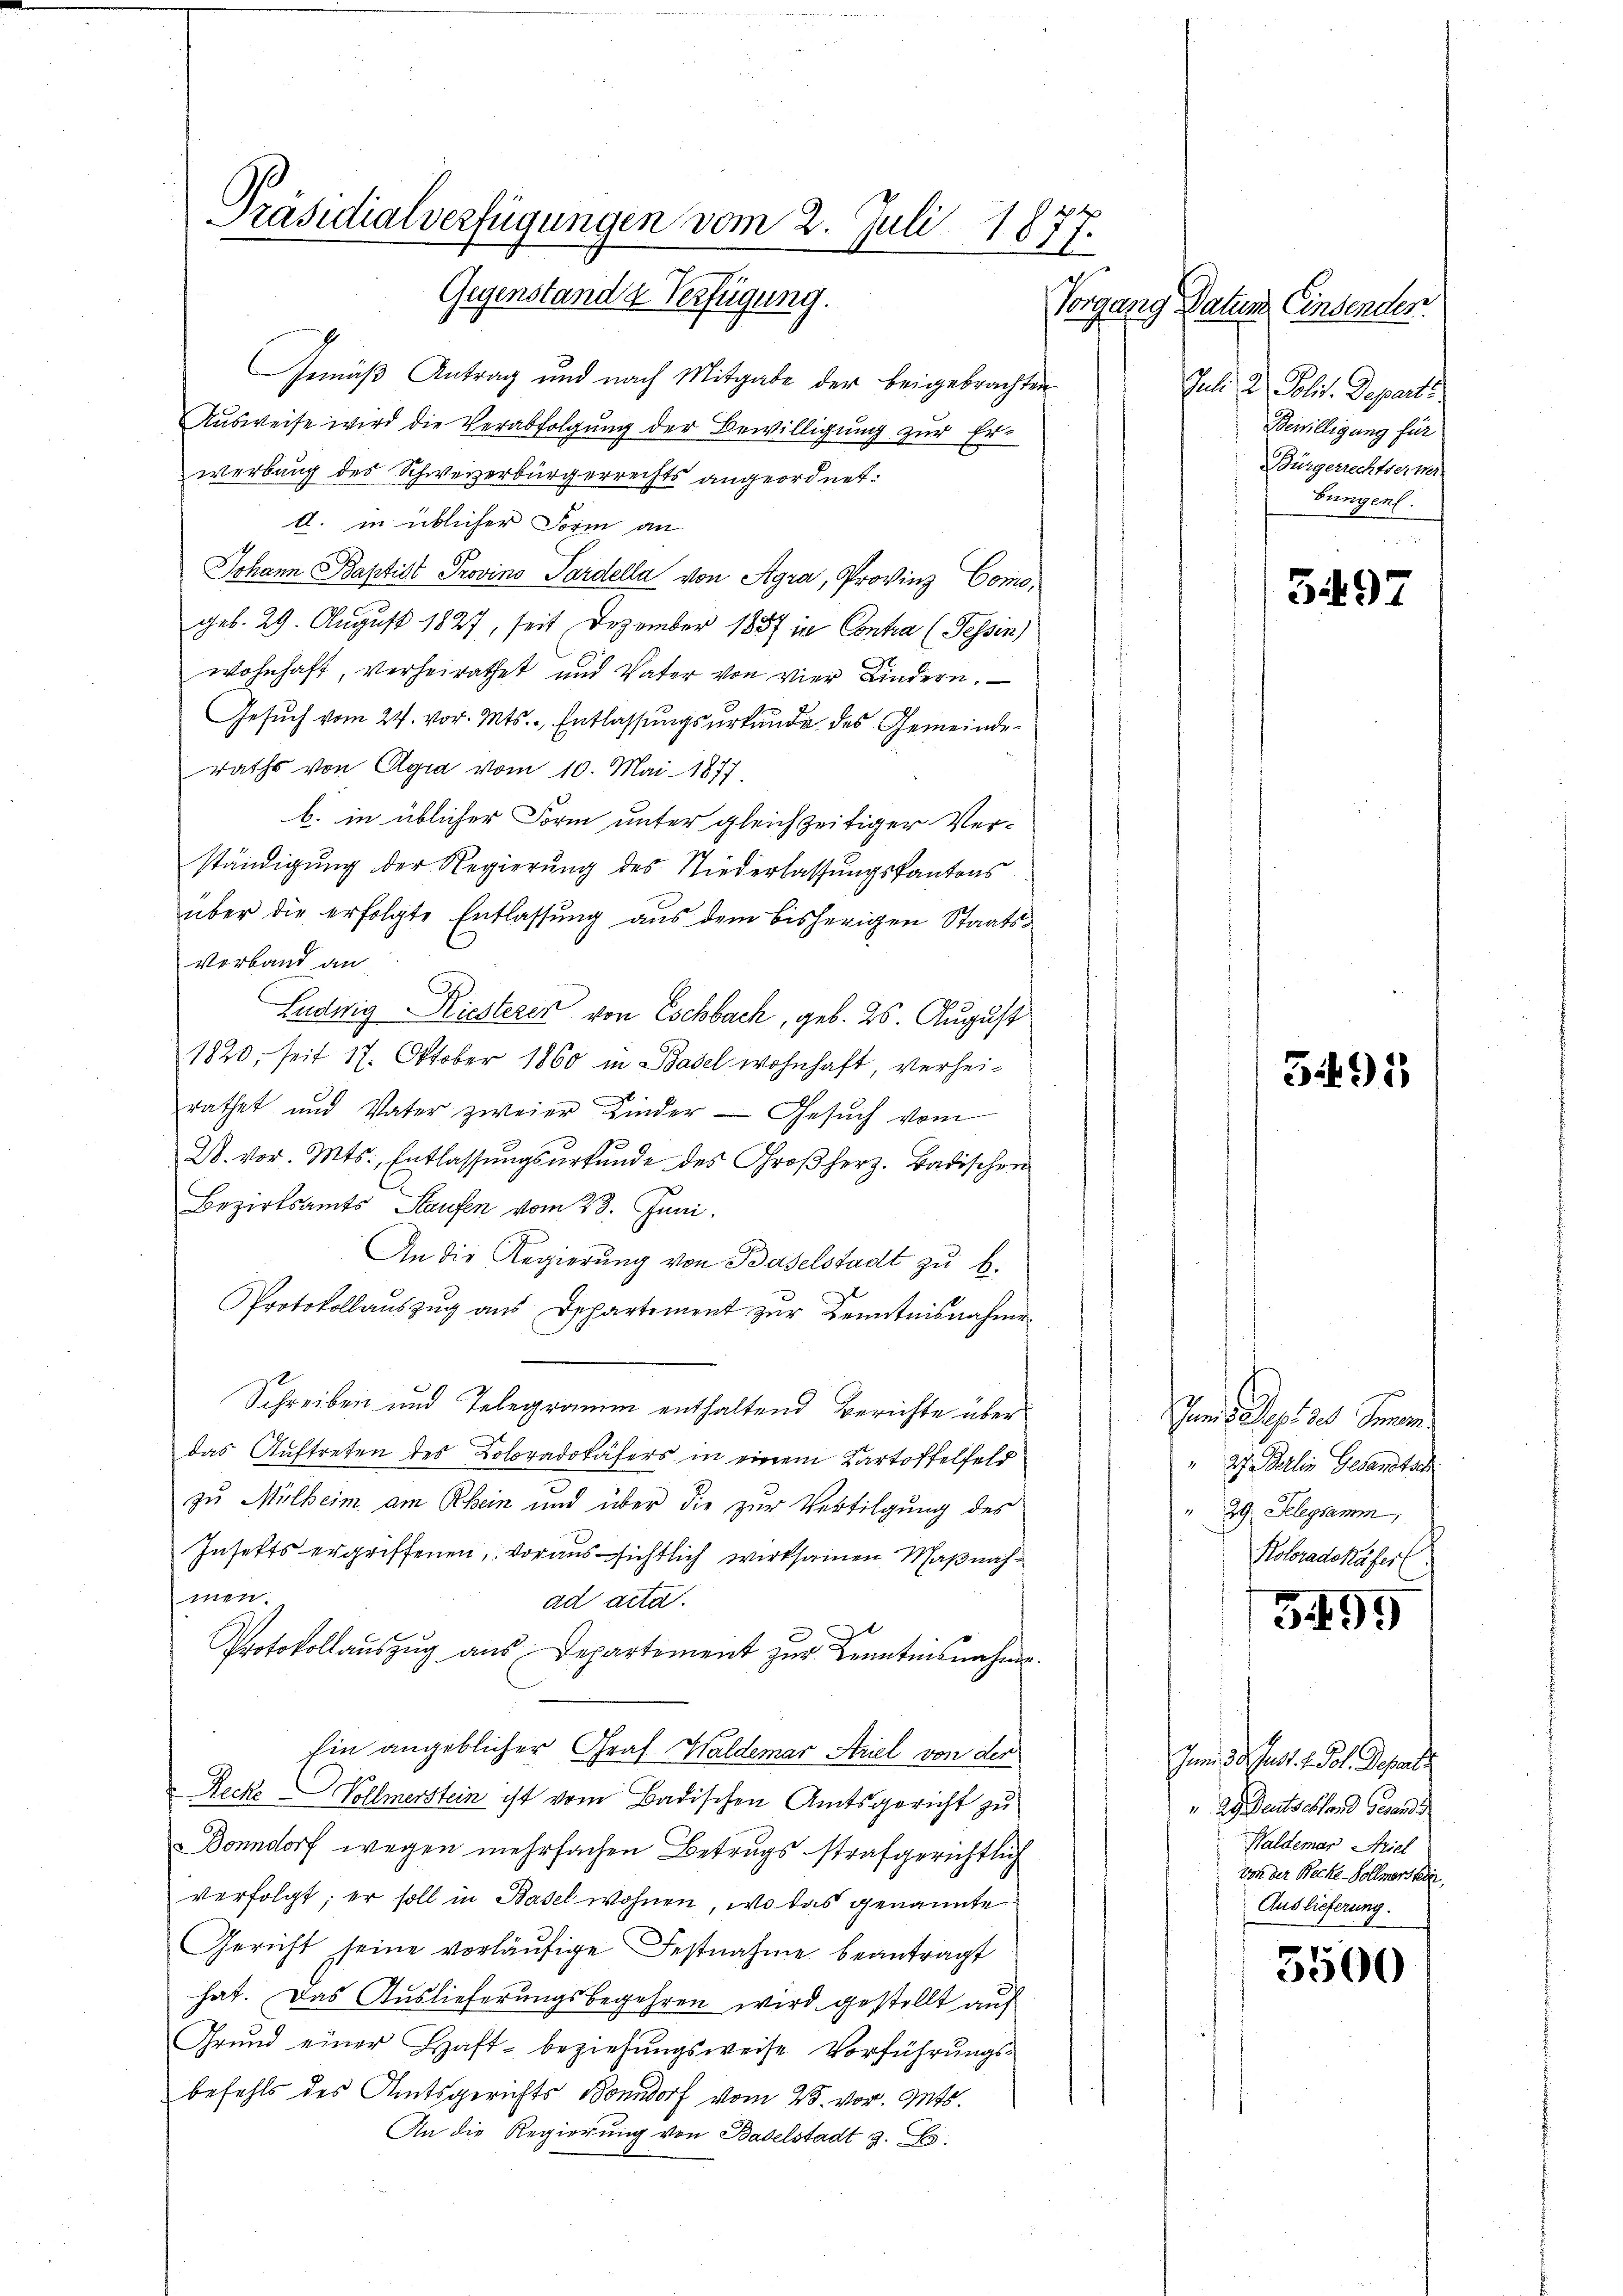
Präsidialverfügungen vom 2. Juli 1877.
Gegenstand & Verfügung.

Gemäß Antrag und nach Mitgabe der beigebrachten
Ausweise wird die Verabfolgung der Bewilligung zur Erwerbung des Schwererbürgerrechts angeordnet:
d. in üblicher Form an
Johann Baptist Provino Pardella von Agra, Provinz Comogeb. 29. August 1827, seit Dezember 1857 in Contra (Tessin)
wohnhaft, verheirathet und Vater von vier Kindern.
Gesŭch vom 27. vor. Mts. - Entlassungsurkunde des Gemeinde
raths von Agra vom 10. Mai 1877
b. in üblicher Form unter gleichzeitiger Ver-
ständigung der Regierung des Niederlassungskantons
über die erfolgte Entlassung aus dem bisherigen Staats¬
Verband an:
Ludwig Kiesterer von Eschbach, geb. 25. August
1820, seit 17. Oktober 1860 in Basel wohnhaft verheirathet und Vater zweier Kinder Gesŭch vom
W. vor. Mts. Entlassŭngsŭrkŭnde des Großherz. Badischen
Bezirksamts Staufen vom 28. Juni.
An die Regierung von Baselstadt zu b.
Protokollauszug aus Departement zur Kenntnisnahme
Schreiben und Telegramm enthaltend Berichte über
das Auftreten des Coloradokäfers in einem Kartoffelfeld
zu Mülheim am Rhein und über die zur Vertilgung des
Insekts ergriffenen, voraussichtlich wirksamen Maßnahmen.
ad acta.
Protokollauszug aus Departement zur Kenntnisnahme.
Ein angeblicher Graf. Waldemar Ariel von der
Recke Vollmerstein ist vom Badischen Amtsgericht zu
Bonndorf wegen mehrfachen Betrugs strafgerichtlich
verfolgt; er soll in Basel wohnen, wo das genannte
Gericht seine vorläufige Festnahme beantragt
hat. Das Auslieferungsbegehren wird gestellt auf
Grund einer Haft- beziehungsweise Vorführungs-
befehls des Amtsgerichts Bonndorf vom 25. vor. Mts.
An die Regierung von Baselstadt 9. Es

Vorgang Datum Einsenden.
Jul. 2. Polit. Departi
Bewilligung für
Bürgerrechtserner
bungen.

3497

3491)

Sanen Depris Somm
27. Dellin Gesandtsch
" 29. Selegsamm
Roloradekäferl.

3499

Inm 30. Just 1. Pol. Depart
 29. Deutschhand Gesandis
Waldemar Striel
von der Becke -Vollmerstein.
Auslieferung.

i
3000